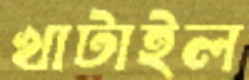
খাটাইল